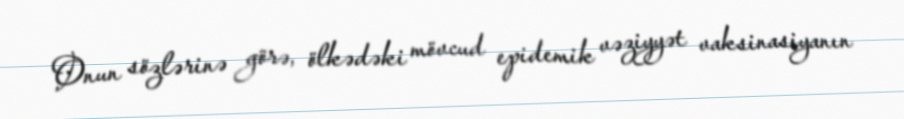
Onun sözlərinə görə, ölkədəki mövcud epidemik vəziyyət vaksinasiyanın